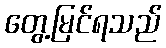
တွေ့မြင်ရသည်